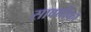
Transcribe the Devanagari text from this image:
सावनीका